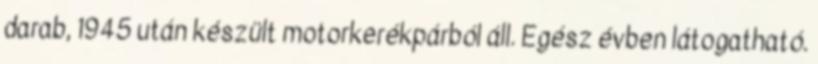
darab, 1945 után készült motorkerékpárból áll. Egész évben látogatható.